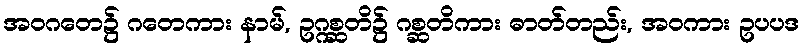
အဝဂတေ၌ ဂတေကား နာမ်, ဥဂ္ဂစ္ဆတိ၌ ဂစ္ဆတိကား ဓာတ်တည်း, အဝကား ဥပပဒ